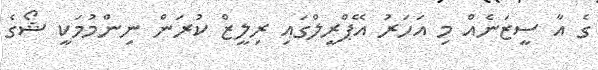
ގެ އާ ސީޒަނެއް މި އަހަރު އޭޕްރީލްގައި ރިލީޒް ކުރަން ނިންމުމަކީ ޝޯގެ